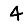
Digit: 4